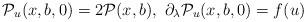
LaTeX: \begin{align*}\mathcal{P}_u( {x}, {b},0)&=2\mathcal{P}( {x}, {b}),\,\,\partial_\lambda\mathcal{P}_u( {x}, {b},0)=f(u)\end{align*}